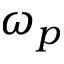
\omega _ { p }